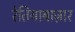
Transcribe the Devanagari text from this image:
रेतियाबाज़ार